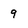
Character: 9